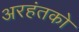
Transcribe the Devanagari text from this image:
अरहंतको